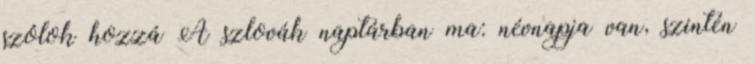
szólok hozzá A szlovák naptárban ma: névnapja van, szintén